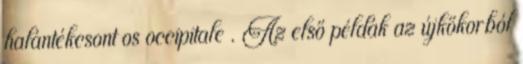
halántékcsont os occipitale . Az első példák az újkőkorból